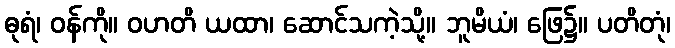
ဓုရံ၊ ဝန်ကို။ ဝဟတိ ယထာ၊ ဆောင်သကဲ့သို့။ ဘူမိယံ၊ ဖြေ၌။ ပတိတုံ၊